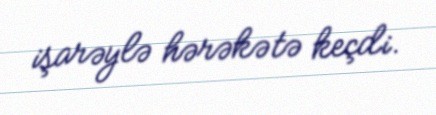
işarəylə hərəkətə keçdi.